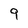
Character: 9